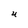
Character: U